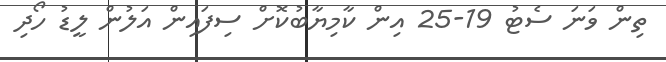
ތިން ވަނަ ސެޓު 19-25 އިން ކާމިޔާބުކޮށް ސިފައިން އަލުން ލީޑު ހޯދި